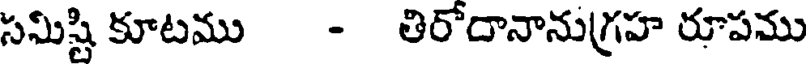
సమిష్టి కూటము - తిరోదానానుగ్రహ రూపము